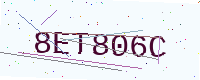
Text: 8ET806C